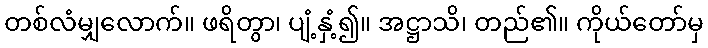
တစ်လံမျှလောက်။ ဖရိတွာ၊ ပျံ့နှံ့၍။ အဋ္ဌာသိ၊ တည်၏။ ကိုယ်တော်မှ